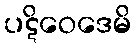
ပဋိဝေဒေမိ